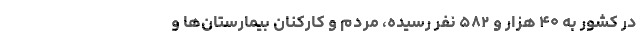
در کشور به ۴۰ هزار و ۵۸۲ نفر رسیده، مردم و کارکنان بیمارستان‌ها و